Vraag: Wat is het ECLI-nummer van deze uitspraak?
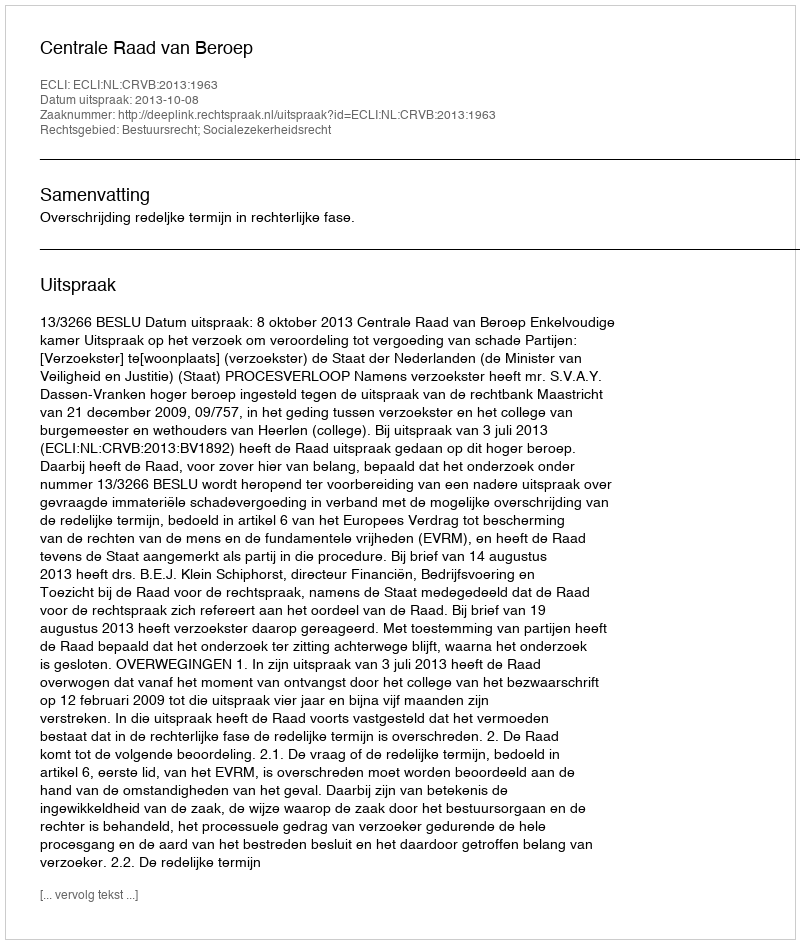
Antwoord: ECLI:NL:CRVB:2013:1963